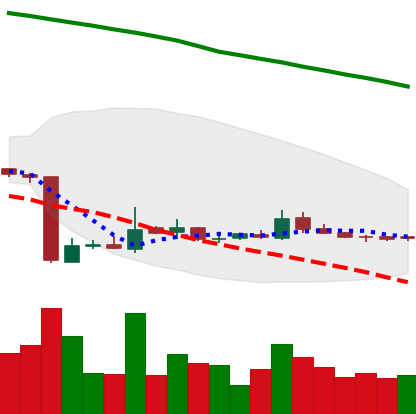
Ticker: ETC-USD
Chart end date: 2018-10-28
Forward return: -4.921%
Label: down_3_5